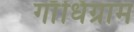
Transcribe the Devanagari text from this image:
गाँधिग्राम